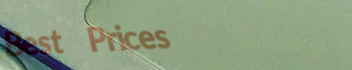
Best Prices